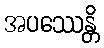
အပဿေန္တိ